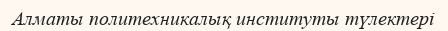
Алматы политехникалық институты түлектері